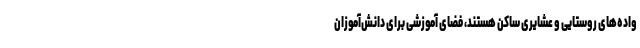
واده‌های روستایی و عشایری ساکن هستند، فضای آموزشی برای دانش‌آموزان